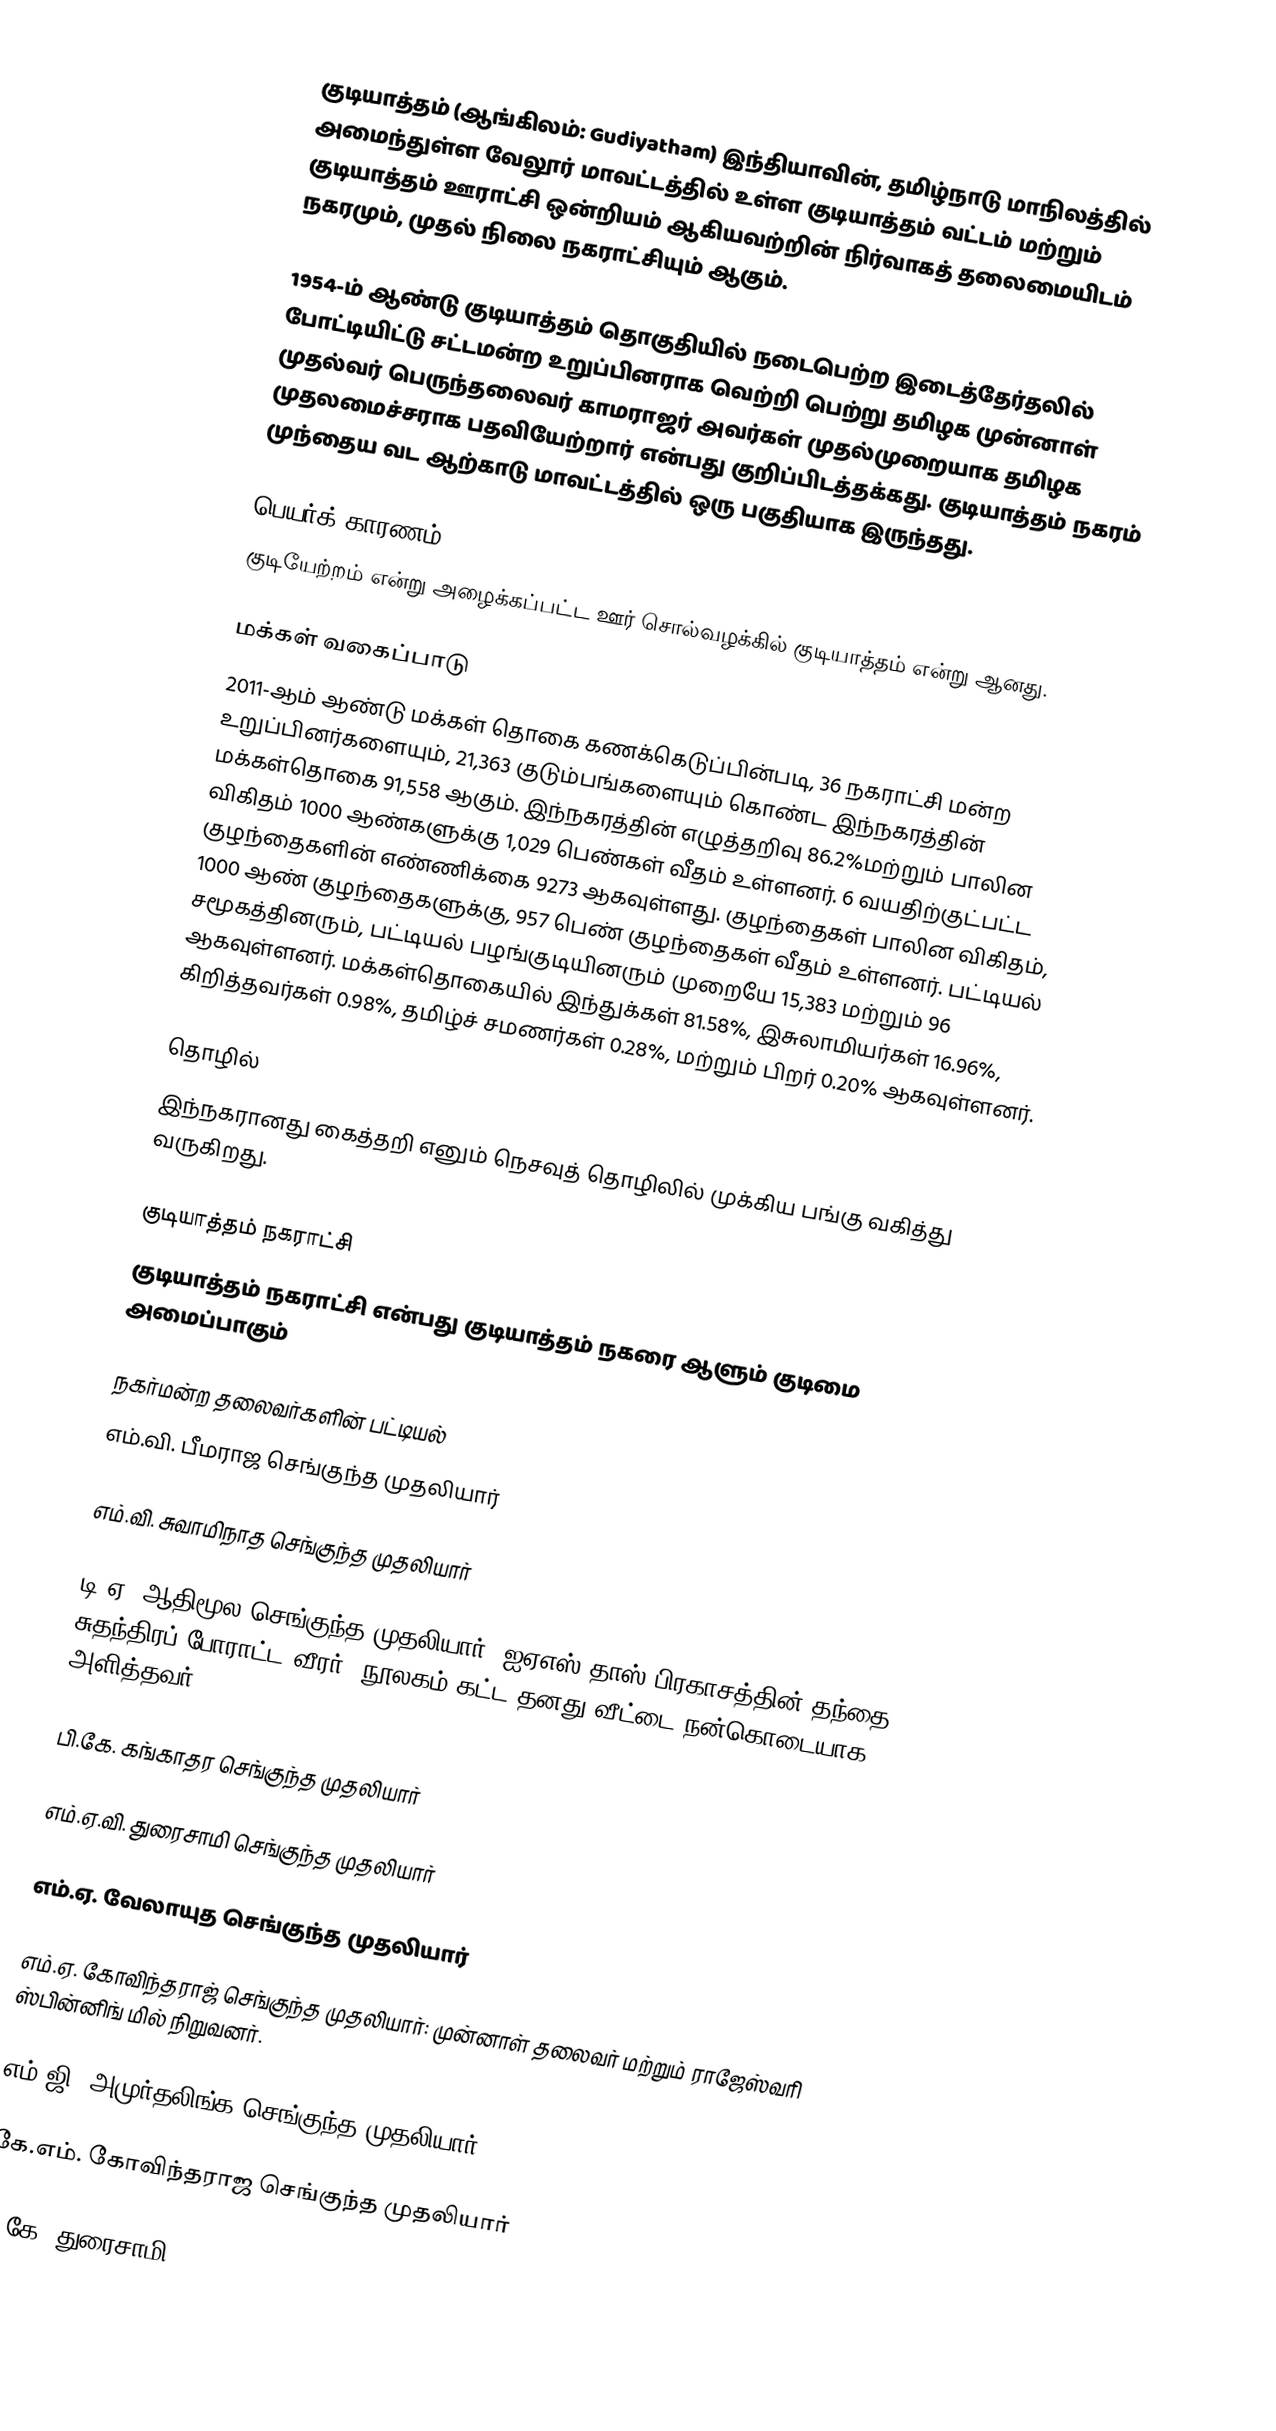
குடியாத்தம் (ஆங்கிலம்: Gudiyatham) இந்தியாவின், தமிழ்நாடு மாநிலத்தில் அமைந்துள்ள வேலூர் மாவட்டத்தில் உள்ள குடியாத்தம் வட்டம் மற்றும் குடியாத்தம் ஊராட்சி ஒன்றியம் ஆகியவற்றின் நிர்வாகத் தலைமையிடம் நகரமும், முதல் நிலை நகராட்சியும் ஆகும்.

1954-ம் ஆண்டு குடியாத்தம் தொகுதியில் நடைபெற்ற இடைத்தேர்தலில் போட்டியிட்டு சட்டமன்ற உறுப்பினராக வெற்றி பெற்று  தமிழக முன்னாள் முதல்வர் பெருந்தலைவர் காமராஜர் அவர்கள் முதல்முறையாக தமிழக முதலமைச்சராக பதவியேற்றார்  என்பது குறிப்பிடத்தக்கது. குடியாத்தம் நகரம் முந்தைய வட ஆற்காடு மாவட்டத்தில் ஒரு பகுதியாக இருந்தது.

பெயர்க் காரணம்
குடியேற்றம் என்று அழைக்கப்பட்ட ஊர் சொல்வழக்கில் குடியாத்தம் என்று ஆனது.

மக்கள் வகைப்பாடு
2011-ஆம் ஆண்டு மக்கள் தொகை கணக்கெடுப்பின்படி, 36  நகராட்சி மன்ற உறுப்பினர்களையும், 21,363 குடும்பங்களையும் கொண்ட இந்நகரத்தின் மக்கள்தொகை 91,558 ஆகும். இந்நகரத்தின் எழுத்தறிவு 86.2%மற்றும் பாலின விகிதம் 1000 ஆண்களுக்கு 1,029 பெண்கள் வீதம் உள்ளனர். 6 வயதிற்குட்பட்ட குழந்தைகளின் எண்ணிக்கை 9273  ஆகவுள்ளது. குழந்தைகள் பாலின விகிதம், 1000 ஆண் குழந்தைகளுக்கு,  957  பெண் குழந்தைகள் வீதம் உள்ளனர். பட்டியல் சமூகத்தினரும், பட்டியல் பழங்குடியினரும் முறையே 15,383  மற்றும் 96  ஆகவுள்ளனர். மக்கள்தொகையில் இந்துக்கள்  81.58%,  இசுலாமியர்கள் 16.96%, கிறித்தவர்கள் 0.98%, தமிழ்ச் சமணர்கள் 0.28%, மற்றும்  பிறர் 0.20% ஆகவுள்ளனர்.

தொழில்
இந்நகரானது கைத்தறி எனும் நெசவுத் தொழிலில் முக்கிய பங்கு வகித்து வருகிறது.

குடியாத்தம் நகராட்சி
குடியாத்தம் நகராட்சி என்பது குடியாத்தம் நகரை ஆளும் குடிமை அமைப்பாகும்

நகர்மன்ற தலைவர்களின் பட்டியல்
எம்.வி. பீமராஜ செங்குந்த முதலியார்

எம்.வி. சுவாமிநாத செங்குந்த முதலியார்

டி.ஏ. ஆதிமூல செங்குந்த முதலியார்: ஐஏஎஸ் தாஸ் பிரகாசத்தின் தந்தை  & சுதந்திரப் போராட்ட வீரர், நூலகம் கட்ட தனது வீட்டை நன்கொடையாக அளித்தவர்.

பி.கே. கங்காதர செங்குந்த முதலியார்

எம்.ஏ.வி. துரைசாமி செங்குந்த முதலியார்

எம்.ஏ. வேலாயுத செங்குந்த முதலியார்

எம்.ஏ. கோவிந்தராஜ் செங்குந்த முதலியார்: முன்னாள் தலைவர் மற்றும் ராஜேஸ்வரி ஸ்பின்னிங் மில் நிறுவனர்.

எம்.ஜி. அமுர்தலிங்க செங்குந்த முதலியார்

கே.எம். கோவிந்தராஜ செங்குந்த முதலியார்

ஏ.கே. துரைசாமி